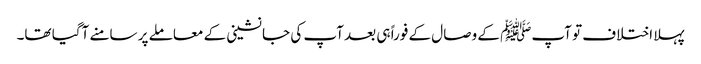
پہلا اختلاف تو آپﷺ کے وصال کے فوراً ہی بعد آپ کی جانشینی کے معاملے پر سامنے آگیا تھا۔